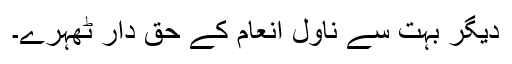
دیگر بہت سے ناول انعام کے حق دار ٹھہرے۔